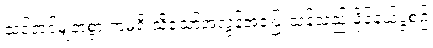
သင့်တင့်မျှတစွာ ကံမရှိ သို့သော်အလွန်အပြေးသန်သည် ဖိုင်နယ်ပွဲစဉ်